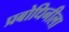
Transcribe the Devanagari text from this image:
प्रबोधिनीला